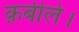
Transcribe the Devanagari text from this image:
क़बीले।